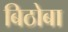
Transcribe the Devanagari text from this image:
बिठोबा